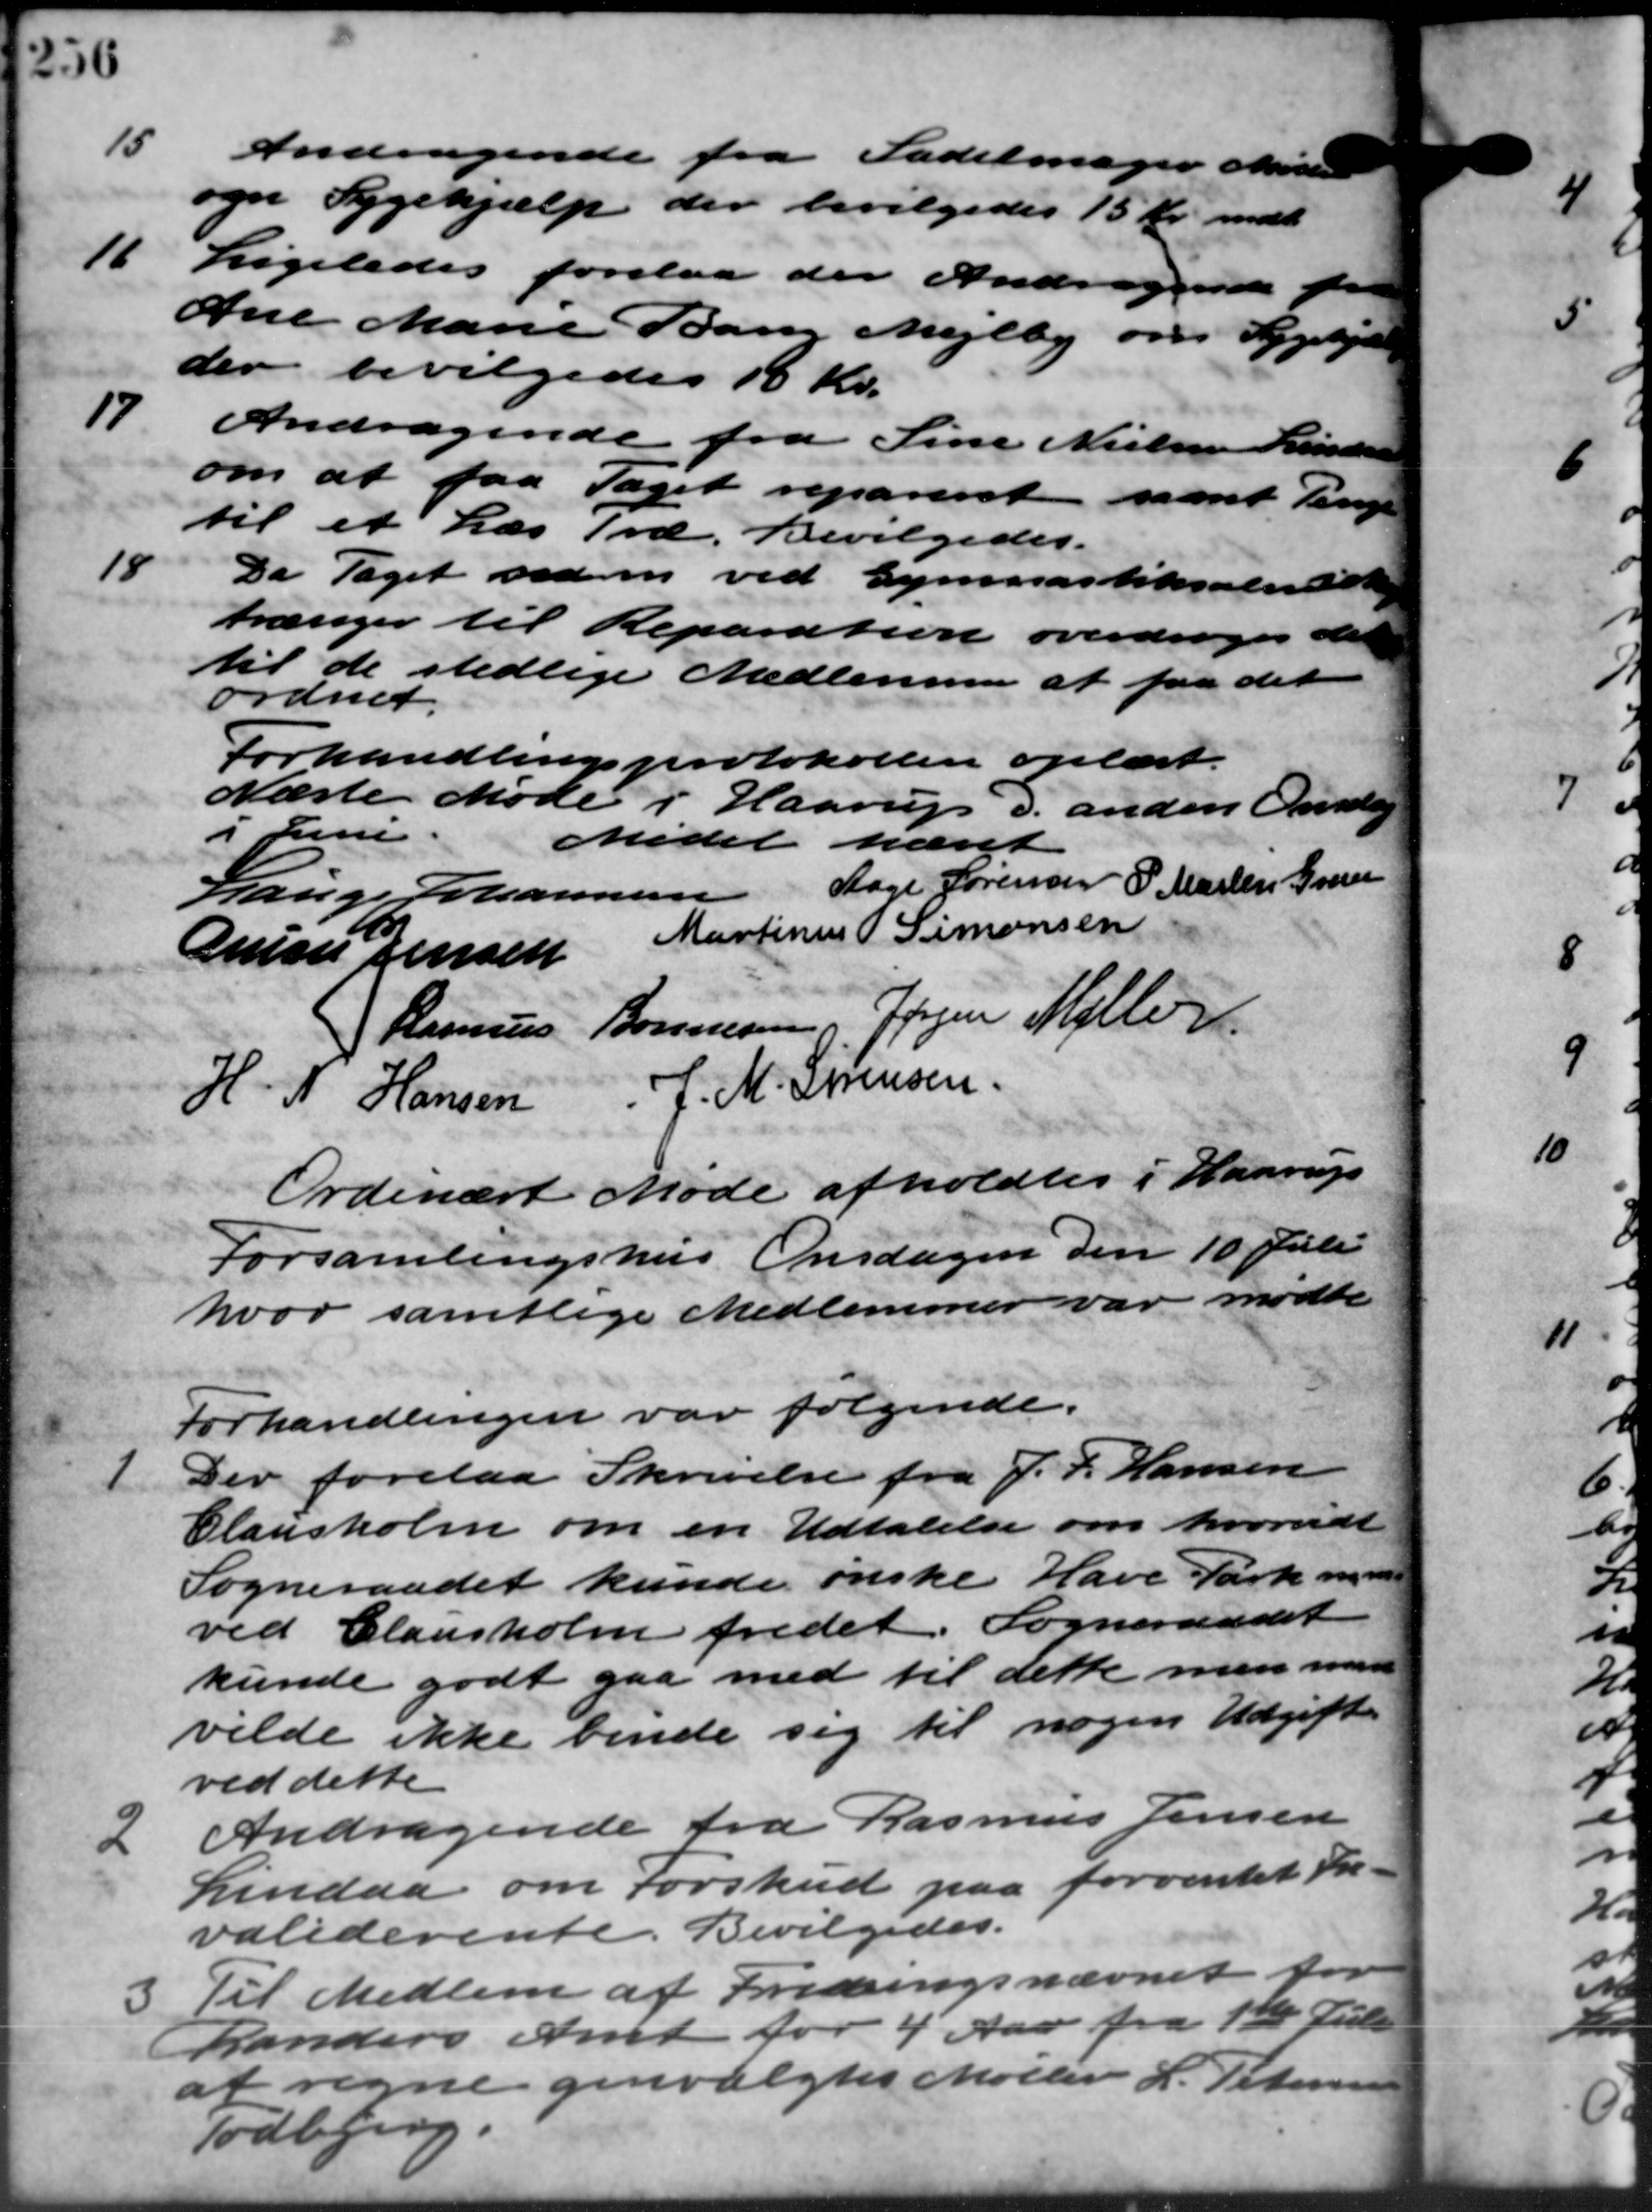
Transskription:
15
Andragende fra Sadelmager Mølle
og Sygehjælp der bevilgedes 15 Kr. mdl.
11
Ligeledes forelaa der Andragende fra
Ane Marie Bang Mejlby om Sygehjælp
der bevilgedes 185 Kr.
Andragende fra Sine Nielsen Lindaa
om at faa taget repareret samt Penge
til et Læs Træ. Bevilgedes.
De Taget siden ved Gymnastiksalende
trænger til Reparation overdroges det
til de stedlige Medlemmer at faa det
ordnet.
Forhandlingsprotokollen oplæst.
Næste Møde i Haarup d. anden Onsdag
i Juni
Mødet hævet
Lauge Johannesen
Aage Sørensen P. Martin Green
Anne Jensen Martinus Simonsen
Rasmus Bonnesen, Jørgen Møller
H. N. Hansen J. M. Sørensen
Ordinært Møde afholdtes i Haarup
Forsamlingshus Onsdagen den 10 Juli
hvor samtlige Medlemmer var mødte
Forhandlingen var følgende.
1
Der forelaa Skrivelse fra J. P. Hansen
Clausholm om en Udtalelse om hvorvidt
Sogneraadet kunde ønske Have Park m.m.
ved Clausholm fredet. Sogneraadet
kunde godt gaa med til dette men men
vilde ikke binde sig til nogen Udgifter
ved dette
2
Andragende fra Rasmus Jensen
Lindaa om Forskud paa forventet Fre-
validerente. Bevilgedes.
3 Til Medlem af Foredringsnævnet fr
3 Til Medlem af Foredringsnævnet fr
Randers Amt for 4 Aar fra 1ste Juli
af regne genvalgtes Møller L. Petersen
Todbjerg.
17
18